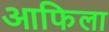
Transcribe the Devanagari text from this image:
आफिला